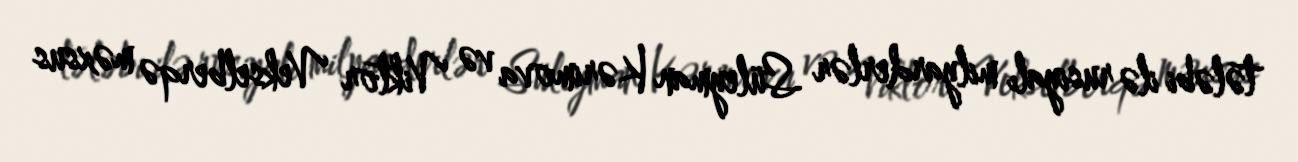
tələbi ilə rusiyalı milyarderlər Süleyman Kərimova və Viktor Vekselberqə məxsus